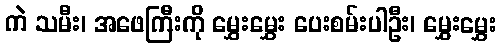
ကဲ သမီး၊ အဖေကြီးကို မွှေးမွှေး ပေးစမ်းပါဦး၊ မွှေးမွှေး